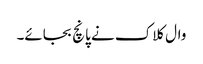
وال کلاک نے پانچ بجائے۔